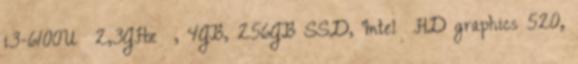
i3-6100U 2,3GHz , 4GB, 256GB SSD, Intel® HD graphics 520,